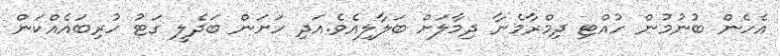
އެހެން ބުނުމުން ހުއްޓި ދިމްރާމެނާ ދިމާލަށް ބަލާލިއެވެ.އަދި ހަށަން ބަދެލީ ގަޓު ހުރިބައެއްކަން